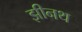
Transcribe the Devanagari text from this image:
झीनथ